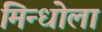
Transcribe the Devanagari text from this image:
मिन्धोला